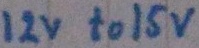
Text: 12v to 15v